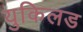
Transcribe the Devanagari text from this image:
युकिलड